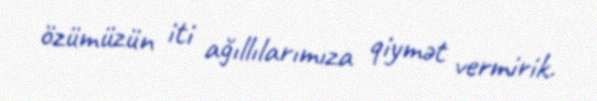
özümüzün iti ağıllılarımıza qiymət vermirik.